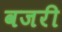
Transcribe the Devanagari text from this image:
वजरी